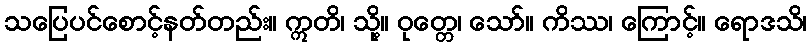
သပြေပင်စောင့်နတ်တည်း။ ဣတိ၊ သို့။ ဝုတ္တေ၊ သော်။ ကိဿ၊ ကြောင့်။ ရောဒသိ၊